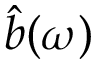
\hat { b } ( \omega )